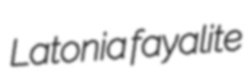
Latonia fayalite